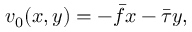
\begin{array} { r } { v _ { 0 } ( x , y ) = - \bar { f } x - \bar { \tau } y , } \end{array}